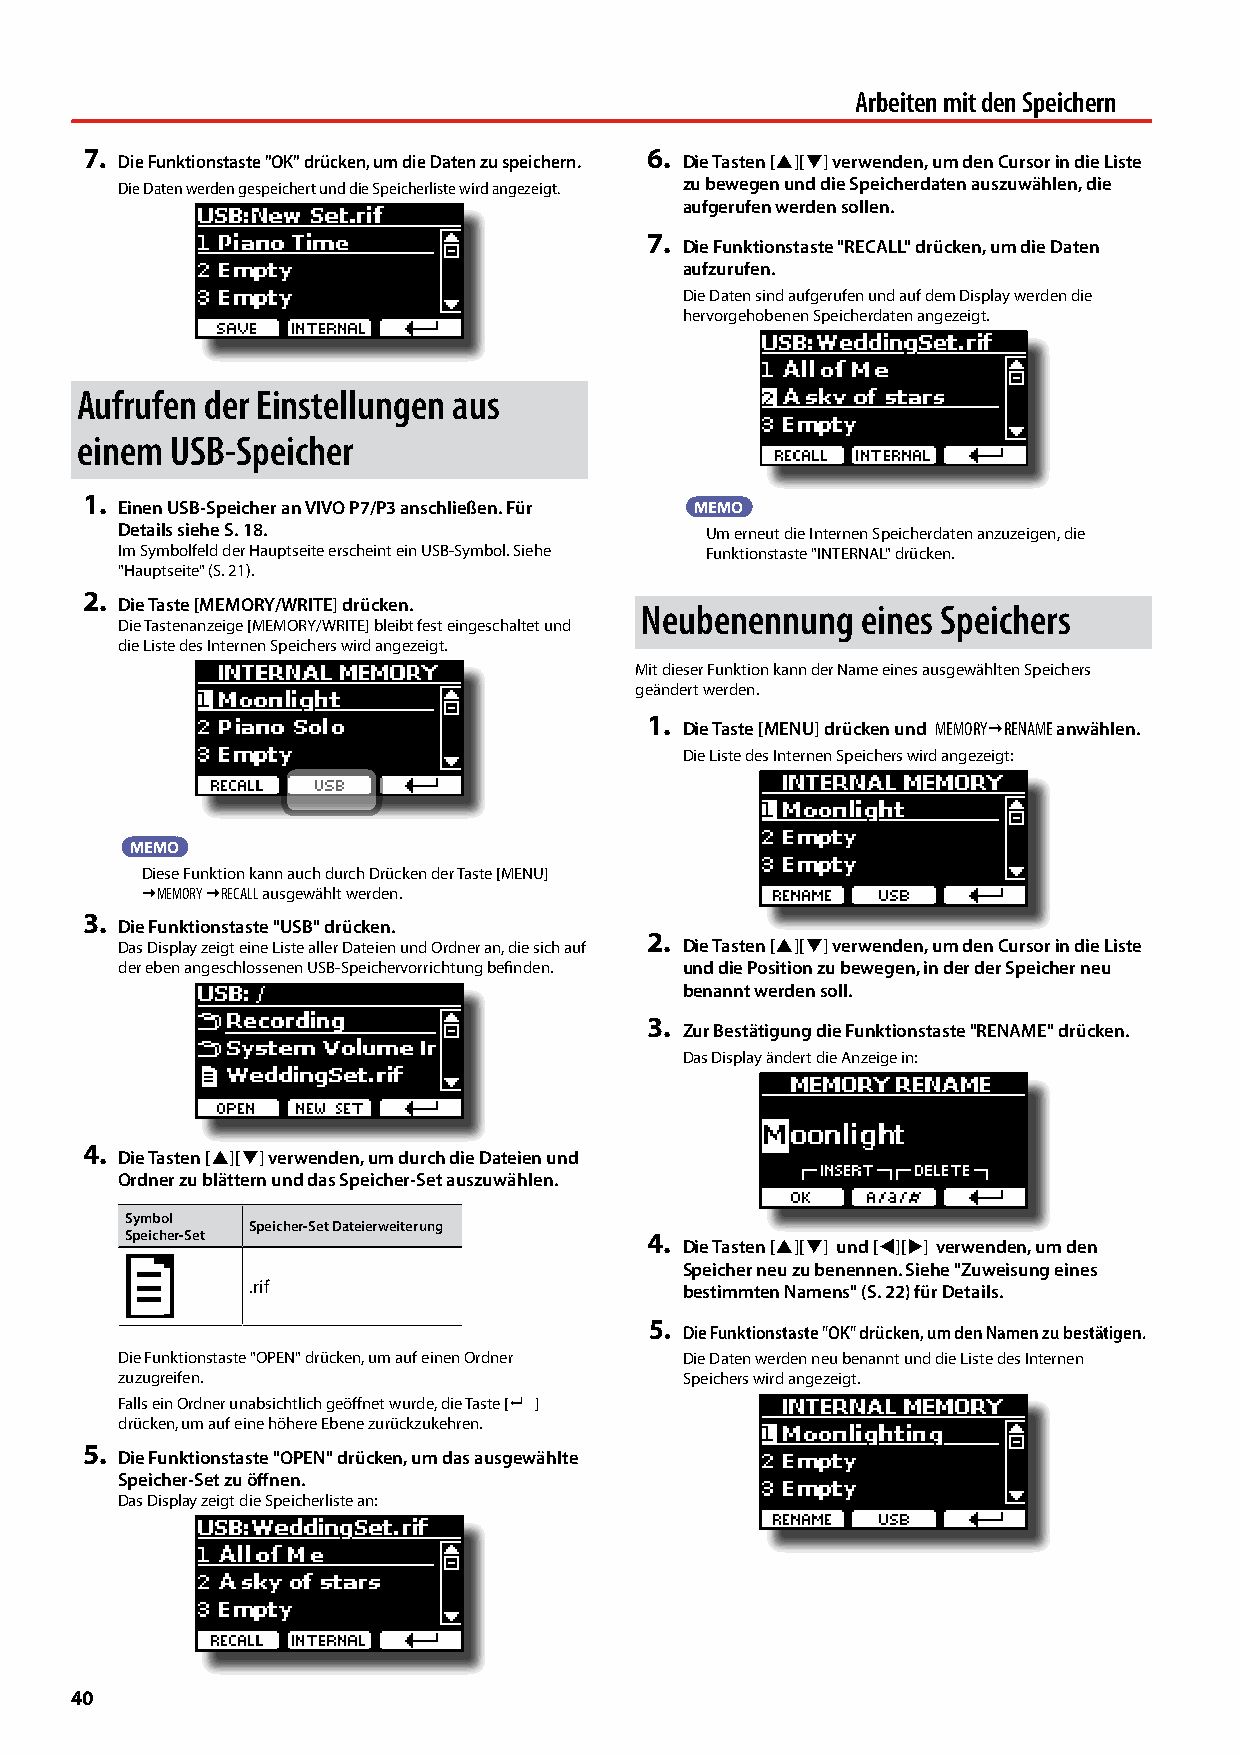
Arbeiten mit den Speichern
 7.                                   6.
 Die Funktionstaste "OK" drücken, um die Daten zu speichern. Die Tasten [][] verwenden, um den Cursor in die Liste
 Die Daten werden gespeichert und die Speicherliste wird angezeigt. zu bewegen und die Speicherdaten auszuwählen, die
 aufgerufen werden sollen.
 7.
 Die Funktionstaste "RECALL" drücken, um die Daten
 aufzurufen.
 Die Daten sind aufgerufen und auf dem Display werden die
 hervorgehobenen Speicherdaten angezeigt.
 Aufrufen der Einstellungen aus
 einem USB-Speicher
 1.
 Einen USB-Speicher an VIVO P7/P3 anschließen. Für MEMO
 Details siehe S. 18.                   Um erneut die Internen Speicherdaten anzuzeigen, die
 Im Symbolfeld der Hauptseite erscheint ein USB-Symbol. Siehe Funktionstaste "INTERNAL" drücken.
 "Hauptseite" (S. 21).
 2.
 Die Taste [MEMORY/WRITE] drücken.
 Neubenennung   eines Speichers
 Die Tastenanzeige [MEMORY/WRITE] bleibt fest eingeschaltet und
 die Liste des Internen Speichers wird angezeigt.
 Mit dieser Funktion kann der Name eines ausgewählten Speichers
 geändert werden.
 1.
 Die Taste [MENU] drücken und MEMORYRENAME anwählen.
 Die Liste des Internen Speichers wird angezeigt:
 MEMO
 Diese Funktion kann auch durch Drücken der Taste [MENU]
 MEMORY RECALL ausgewählt werden.
 3.
 Die Funktionstaste "USB" drücken.
 2.
 Das Display zeigt eine Liste aller Dateien und Ordner an, die sich auf Die Tasten [][] verwenden, um den Cursor in die Liste
 der eben angeschlossenen USB-Speichervorrichtung befinden. und die Position zu bewegen, in der der Speicher neu
 benannt werden soll.
 3.
 Zur Bestätigung die Funktionstaste "RENAME" drücken.
 Das Display ändert die Anzeige in:
 4.
 Die Tasten [][] verwenden, um durch die Dateien und
 Ordner zu blättern und das Speicher-Set auszuwählen.
 Symbol
 Speicher-Set Dateierweiterung
 Speicher-Set                       4.
 Die Tasten [][] und [][] verwenden, um den
 Speicher neu zu benennen. Siehe "Zuweisung eines
 .rif                         bestimmten Namens" (S. 22) für Details.
 5.
 Die Funktionstaste "OK" drücken, um den Namen zu bestätigen.
 Die Funktionstaste "OPEN" drücken, um auf einen Ordner Die Daten werden neu benannt und die Liste des Internen
 zuzugreifen.                         Speichers wird angezeigt.
 Falls ein Ordner unabsichtlich geöffnet wurde, die Taste [ ]
 drücken, um auf eine höhere Ebene zurückzukehren.
 5.
 Die Funktionstaste "OPEN" drücken, um das ausgewählte
 Speicher-Set zu öffnen.
 Das Display zeigt die Speicherliste an:
 40